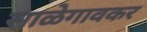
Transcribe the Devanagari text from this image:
साळेगावकर